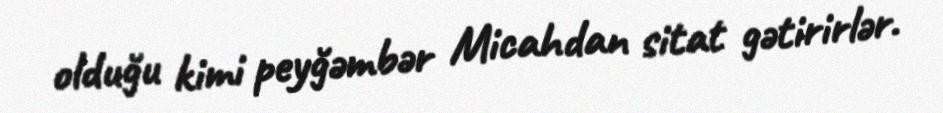
olduğu kimi peyğəmbər Micahdan sitat gətirirlər.